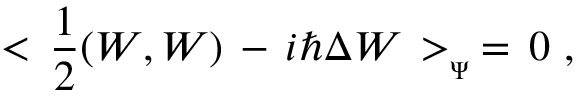
< \, { \frac { 1 } { 2 } } ( W , W ) \, - \, i \hbar \Delta W \, > _ { _ { \Psi } } \, = \, 0 \, \, ,